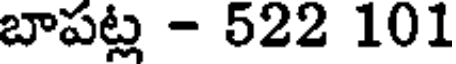
బాపట్ల - 522 101